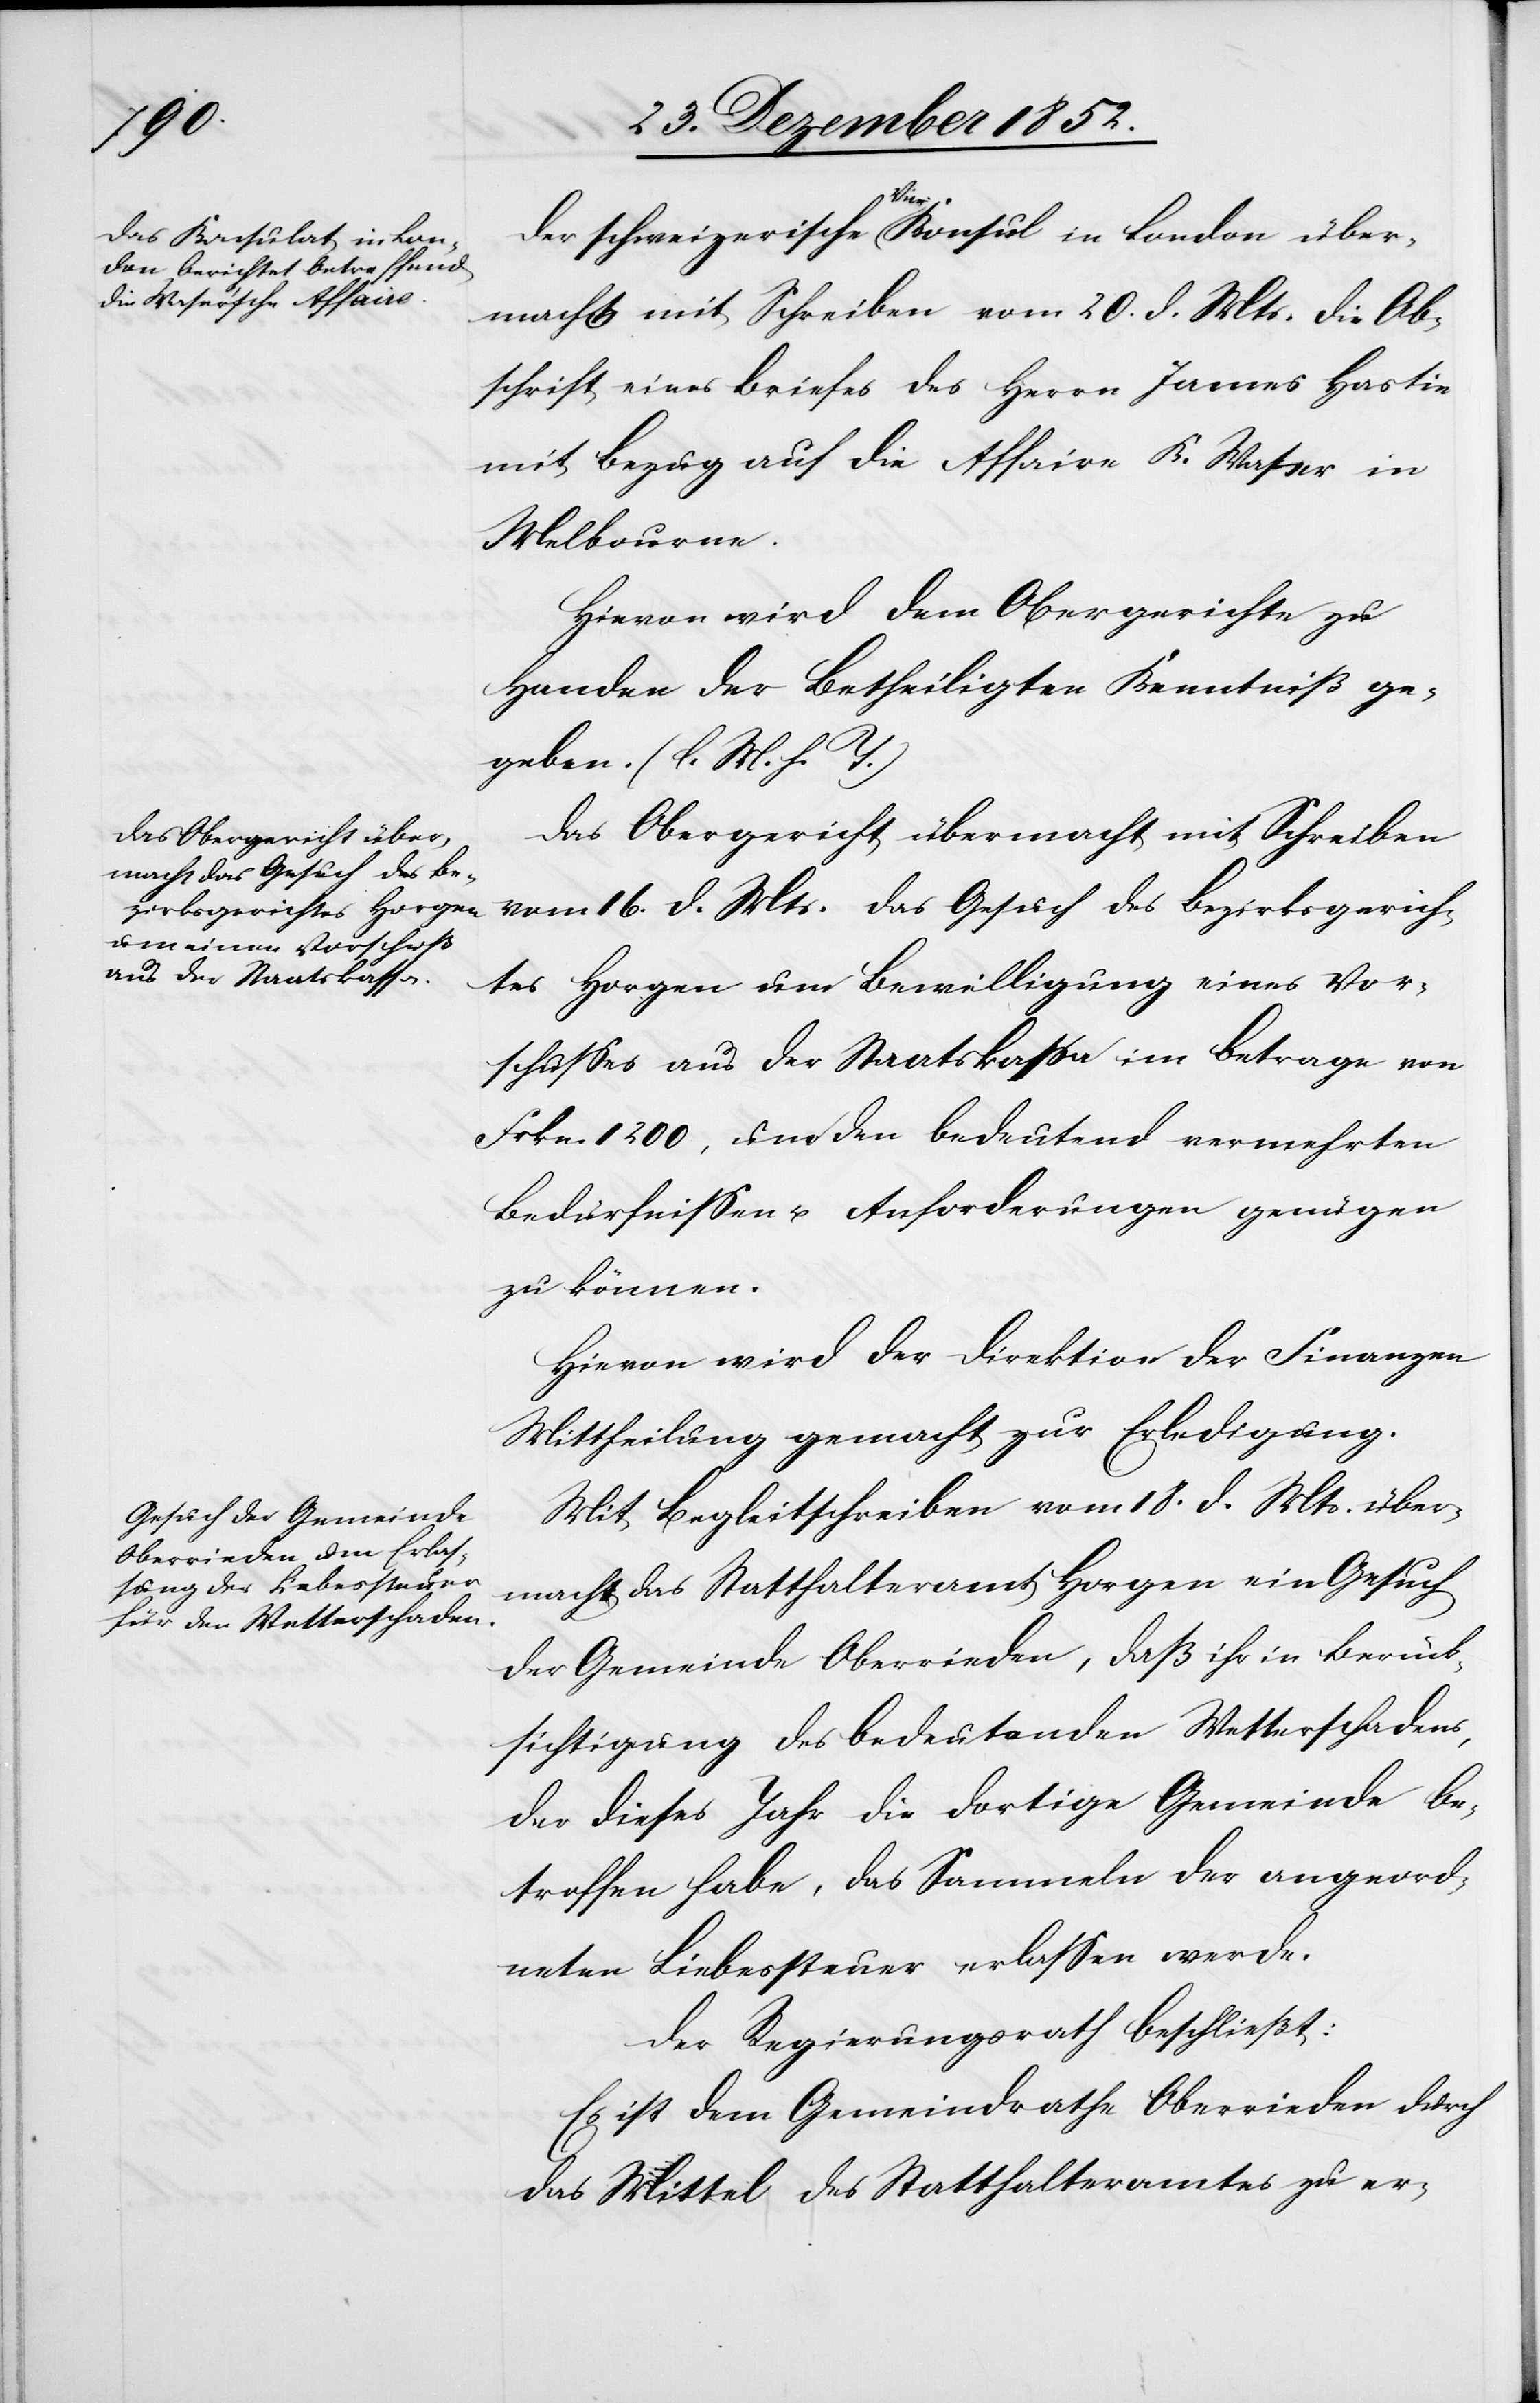
Der schweizerische Vice Konsul in London über¬
macht mit Schreiben vom 20. d. Mts. die Ab¬
schrift eines Briefes des Herrn James Hastie
mit Bezug auf die Affaire K. Waser in
Melbourne.
Hievon wird dem Obergerichte zu
Handen der Betheiligten Kenntniß ge¬
geben. (l. M. h. T.)
Das Obergericht übermacht mit Schreiben
vom 16. d. Mts. das Gesuch des Bezirksgerich¬
tes Horgen um Bewilligung eines Vor¬
schusses aus der Staatskassa im Betrage von
Frkn. 1200, um den bedeutend vermehrten
Bedürfnissen u. Anforderungen genügen
zu können.
Hievon wird der Direktion der Finanzen
Mittheilung gemacht zur Erledigung.
Mit Begleitschreiben vom 18. d. Mts. über¬
macht das Statthalteramt Horgen ein Gesuch
der Gemeinde Oberrieden, daß ihr in Berück¬
sichtigung des bedeutenden Wetterschadens,
der dieses Jahr die dortige Gemeinde be¬
troffen habe, das Sammeln der angeord¬
neten Liebessteuer erlassen werde.
Der Regierungsrath beschließt:
Es ist dem Gemeindrathe Oberrieden durch
das Mittel des Statthalteramtes zu er-